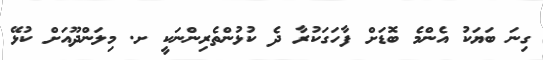
ގިނަ ބަޔަކު އެންމެ ބޮޑަށް ފާހަގަކުރާ ދެ ކުޅުންތެރިންނަކީ ށ. މިލަންދޫއަށް ކުޅޭ